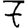
Digit: 7